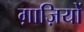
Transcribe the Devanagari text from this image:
ग़ाज़ियों